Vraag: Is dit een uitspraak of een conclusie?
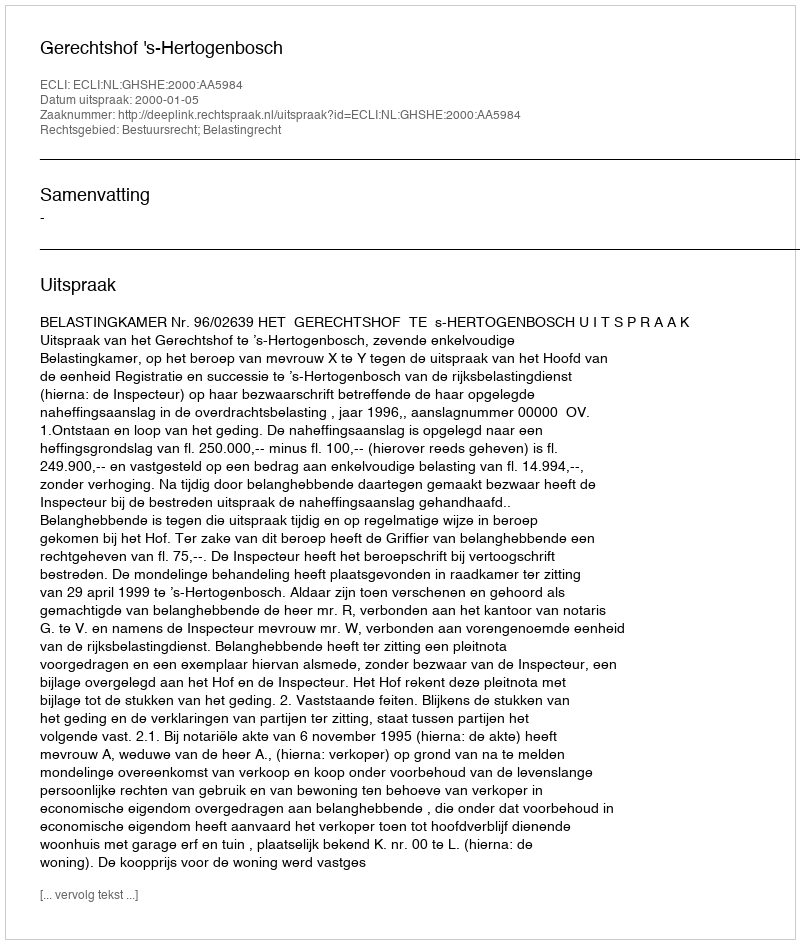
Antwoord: Uitspraak